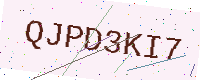
Text: QJPD3KI7